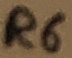
Text: R6